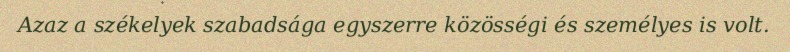
Azaz a székelyek szabadsága egyszerre közösségi és személyes is volt.